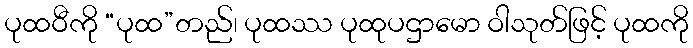
ပုထဝီကို “ပုထ”တည်၊ ပုထဿ ပုထုပဌာမော ဝါသုတ်ဖြင့် ပုထကို